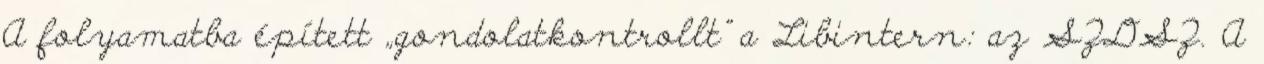
A folyamatba épí­tett „gondolatkontrollt” a Libintern: az SZDSZ. A